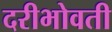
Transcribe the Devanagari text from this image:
दरीभोवती